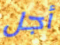
أجل